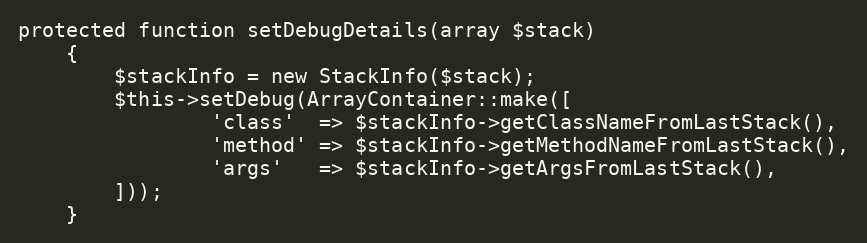
Language: PHP
protected function setDebugDetails(array $stack)
    {
        $stackInfo = new StackInfo($stack);
        $this->setDebug(ArrayContainer::make([
                'class'  => $stackInfo->getClassNameFromLastStack(),
                'method' => $stackInfo->getMethodNameFromLastStack(),
                'args'   => $stackInfo->getArgsFromLastStack(),
        ]));
    }